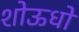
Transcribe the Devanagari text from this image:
शोऊधो